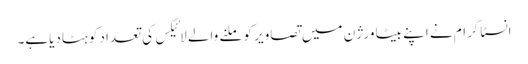
انسٹاگرام نے اپنے بیٹا ورژن میں تصاویر کو ملنے والے لائیکس کی تعداد کوہٹادیاہے۔